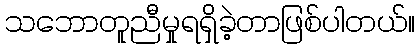
သဘောတူညီမှုရရှိခဲ့တာဖြစ်ပါတယ်။